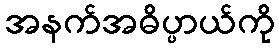
အနက်အဓိပ္ပာယ်ကို